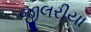
જીલરીયા